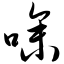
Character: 噪